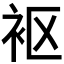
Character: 𫋲